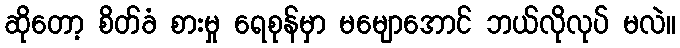
ဆိုတော့ စိတ်ခံ စားမှု ရေစုန်မှာ မမျောအောင် ဘယ်လိုလုပ် မလဲ။